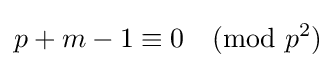
p+m-1\equiv 0{\pmod {p^{2}}}